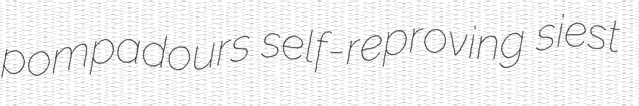
pompadours self-reproving siest